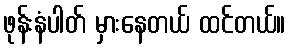
ဖုန်းနံပါတ် မှားနေတယ် ထင်တယ်။